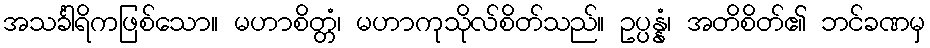
အသင်္ခါရိကဖြစ်သော။ မဟာစိတ္တံ၊ မဟာကုသိုလ်စိတ်သည်။ ဥပ္ပန္နံ၊ အတိစိတ်၏ ဘင်ခဏမှ